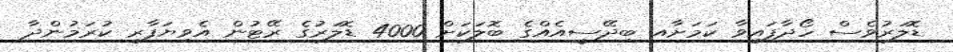
ޑޮލަރުވެސް ހޯދާފައިވާ ކަމަށާއ ބިދޭސީއެއްގެ ބޮލަކަށް 4000 ޑޮލަރުގެ ރޭޓުން އެވިޔަފާރި ކުރަމުންދާ